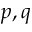
p , q